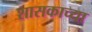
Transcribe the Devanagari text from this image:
शासकाच्या